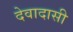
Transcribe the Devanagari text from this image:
देवादासी